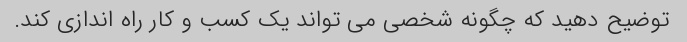
توضیح دهید که چگونه شخصی می تواند یک کسب و کار راه اندازی کند.